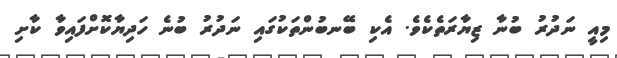
މިއީ ނަދުރު ބުނާ ޒިޔާރަތެކެވެ. އެކި ބޭނބުންތަކުގައި ނަދުރު ބުނެ ހަދިޔާކޮށްފައިވާ ކާށި